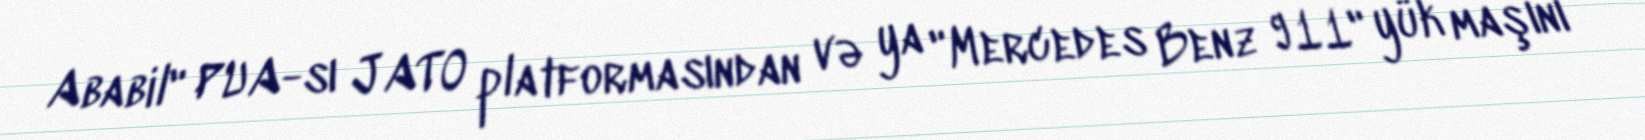
Ababil" PUA-sı JATO platformasından və ya "Mercedes Benz 911" yük maşını